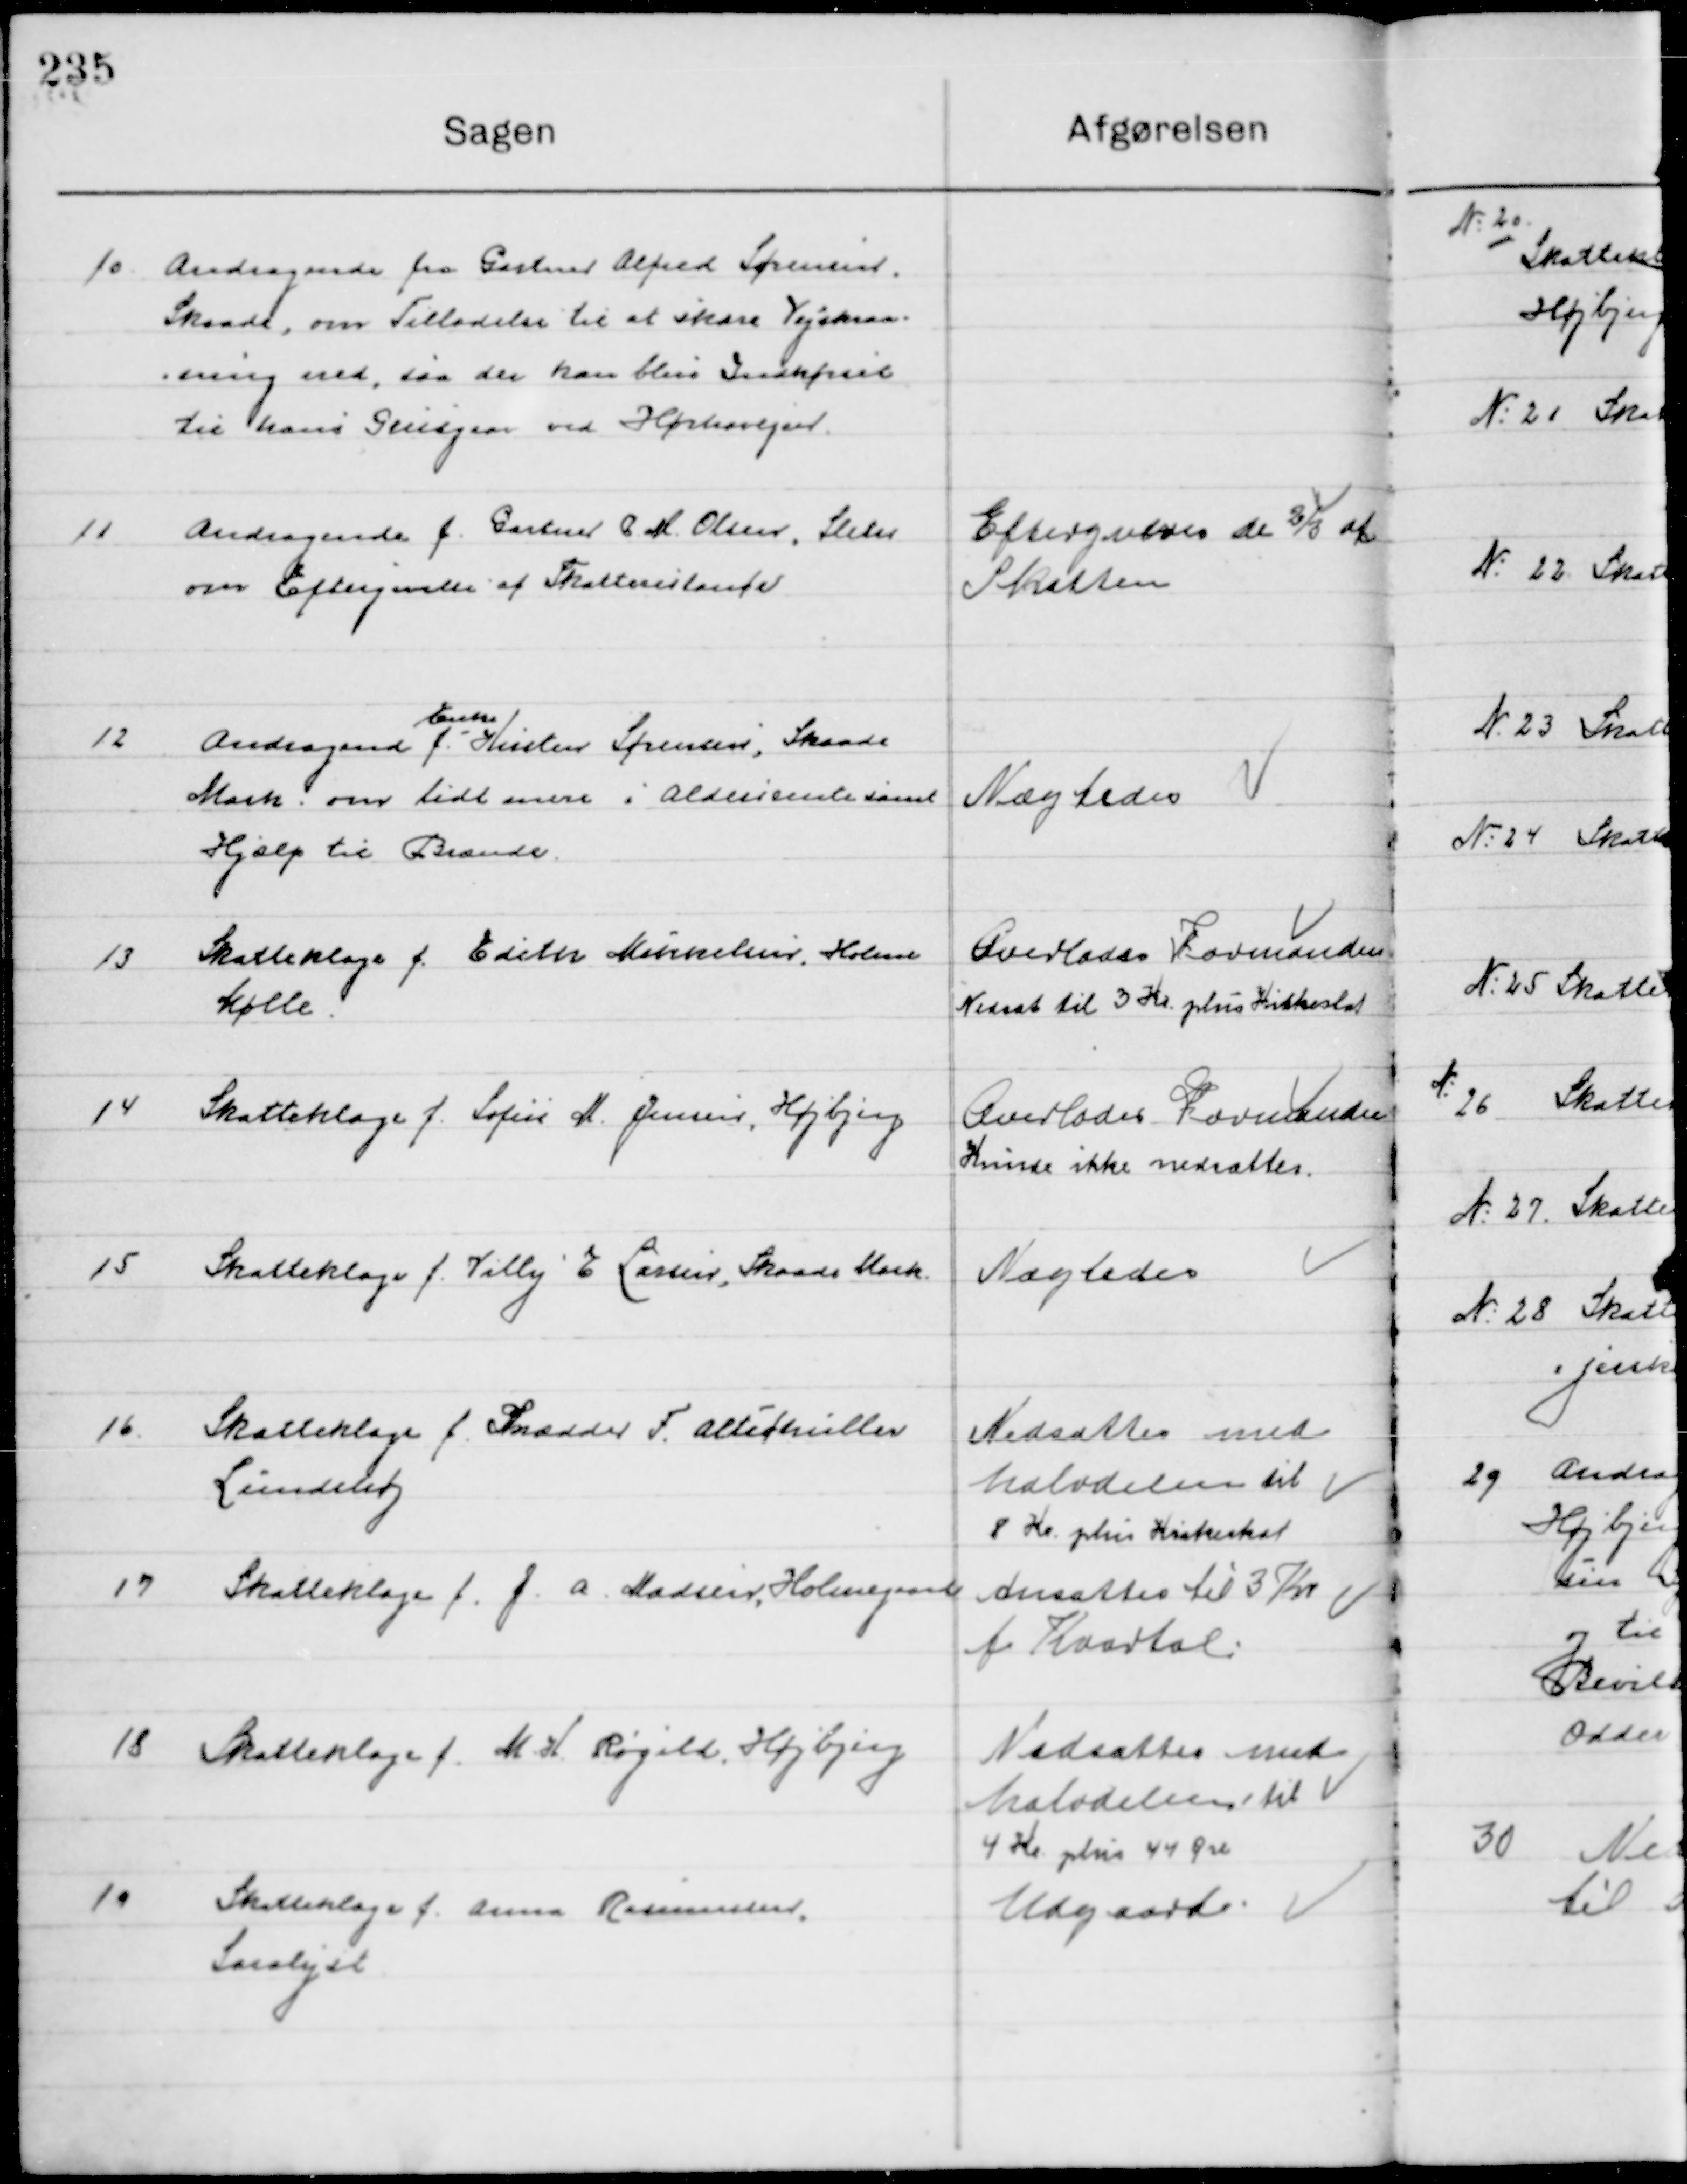
Transskription:
10

Andragende fra	Gartner Alfred Sørensen,
Skaade, om Tilladelse til at skære vejskrån-
ning ned, saa der kan blive Indkørsel 
til hans Grusgrav ved Hørtevejen

11

Andragende fra Gartner D. M. Olsen, Sleth
om Eftergivelse af Skatterestance

Eftergives de 2/3 af
Skatten

12

Andragende f. 
Enke 
Kirsten Sørensen, Skaade
Mark om lidt mere i Aldersrente samt
Hjælp til Brænde

Nægtes

13

Skatteklage f. Edith Mikkelsen holme 
Mølle

Gravesen Formanden
Nedsat til 3 Kr. plus Kirkeskat

14

Skatteklage f. Sofie M. Jensen, Højbjerg

Overlodes Formanden
Kunde ikke nedsættes

15

Skatteklage f. Villy E. Lauris Skaade Mark

Nægtes

16

Skatteklage f. Skrædder F. Alltschuller
Lindehøj

Nedsattes med
Halvdelen til 
8 Kr. plus Kirkeskat

17

Skatteklage f. J. A. Madsine Holmegaard

Ansattes til 3 Kr. 
f. Kvartal

18

Skatteklage f. M. H. Røgild, Højbjerg

Nedsattes med
Halvdelen til 
4 Kr. plus 44 Øre

19

Skatteklage f. Anna Rasmussen
Saralyst

Udgaard